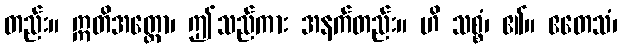
တည်း။ ဣတိအတ္ထော၊ ဤသည်ကား အနက်တည်း။ ဟိ သစ္စံ၊ ၏။ ဧတေသံ၊